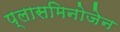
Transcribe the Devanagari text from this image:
प्लासमिनोजेन